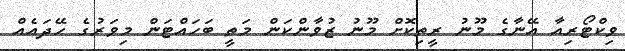
ވިކްޓޯރިއާ އޭނާގެ މޫނު ރީތިކޮށް މޫނު ޒުވާންކަން މަތީ ބަހައްޓަން މިވަރުގެ ހޭދައެއް